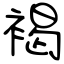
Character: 褐